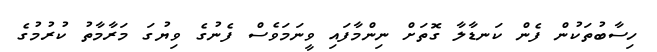
ހިސާބުތަކުން ފެން ކަނޑާލާ ގޮތަށް ނިންމާފައި ވީނަމަވެސް ފެނުގެ ވިޔުގަ މަރާމާތު ކުރުމުގެ